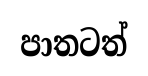
පාතටත්